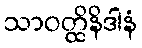
သာဝတ္ထိနိဒါနံ